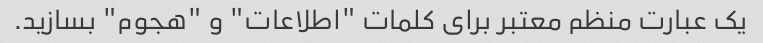
یک عبارت منظم معتبر برای کلمات "اطلاعات" و "هجوم" بسازید.